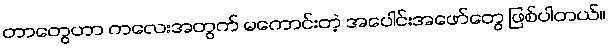
တာတွေဟာ ကလေးအတွက် မကောင်းတဲ့ အပေါင်းအဖော်တွေ ဖြစ်ပါတယ်။